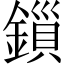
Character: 鎻